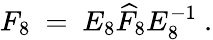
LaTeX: F_{8}\ =\ E_{8}\widehat F_{8}E_{8}^{-1}\ .